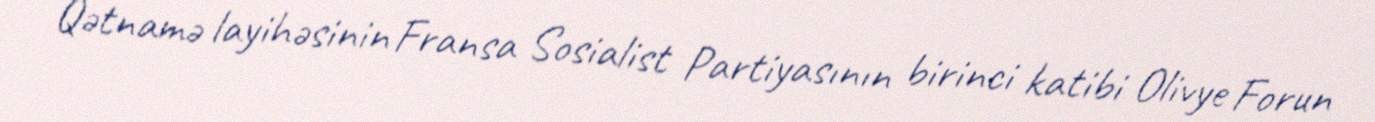
Qətnamə layihəsinin Fransa Sosialist Partiyasının birinci katibi Olivye Forun